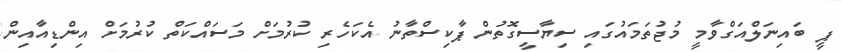
ޕީ ބައިނަލްއަގްވާމީ މުޖުތަމައުގައި ސިޔާސީގޮތުން ޕާކިސްތާނު އެކަހެރި ކުރުމަށް މަސައްކަތް ކުރުމަށް އިންޑިއާއިން